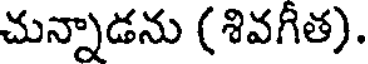
చున్నాడను (శివగీత).